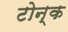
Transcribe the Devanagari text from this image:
टोन्क